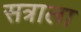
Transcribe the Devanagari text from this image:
सत्राला